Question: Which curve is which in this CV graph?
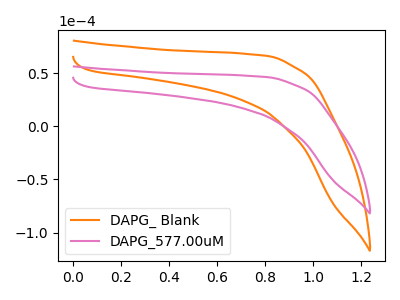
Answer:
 <answer>The orange curve is labeled "DAPG_ Blank". The pink curve is labeled "DAPG_577.00uM".</answer>
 <eval></eval>